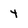
Character: y